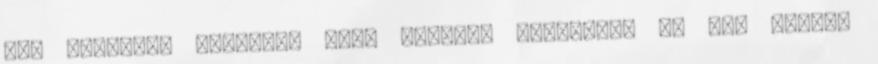
egy szellemi műhelyt, ahol tanulni lehetett, ha meg tudtad